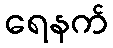
ရေနက်